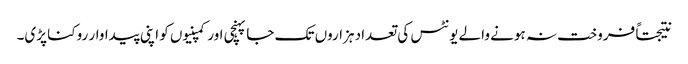
نتیجتاً فروخت نہ ہونے والے یونٹس کی تعداد ہزاروں تک جا پہنچی اور کمپنیوں کو اپنی پیداوار روکنا پڑی۔